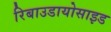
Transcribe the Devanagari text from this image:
रिबाउडायोसाइड